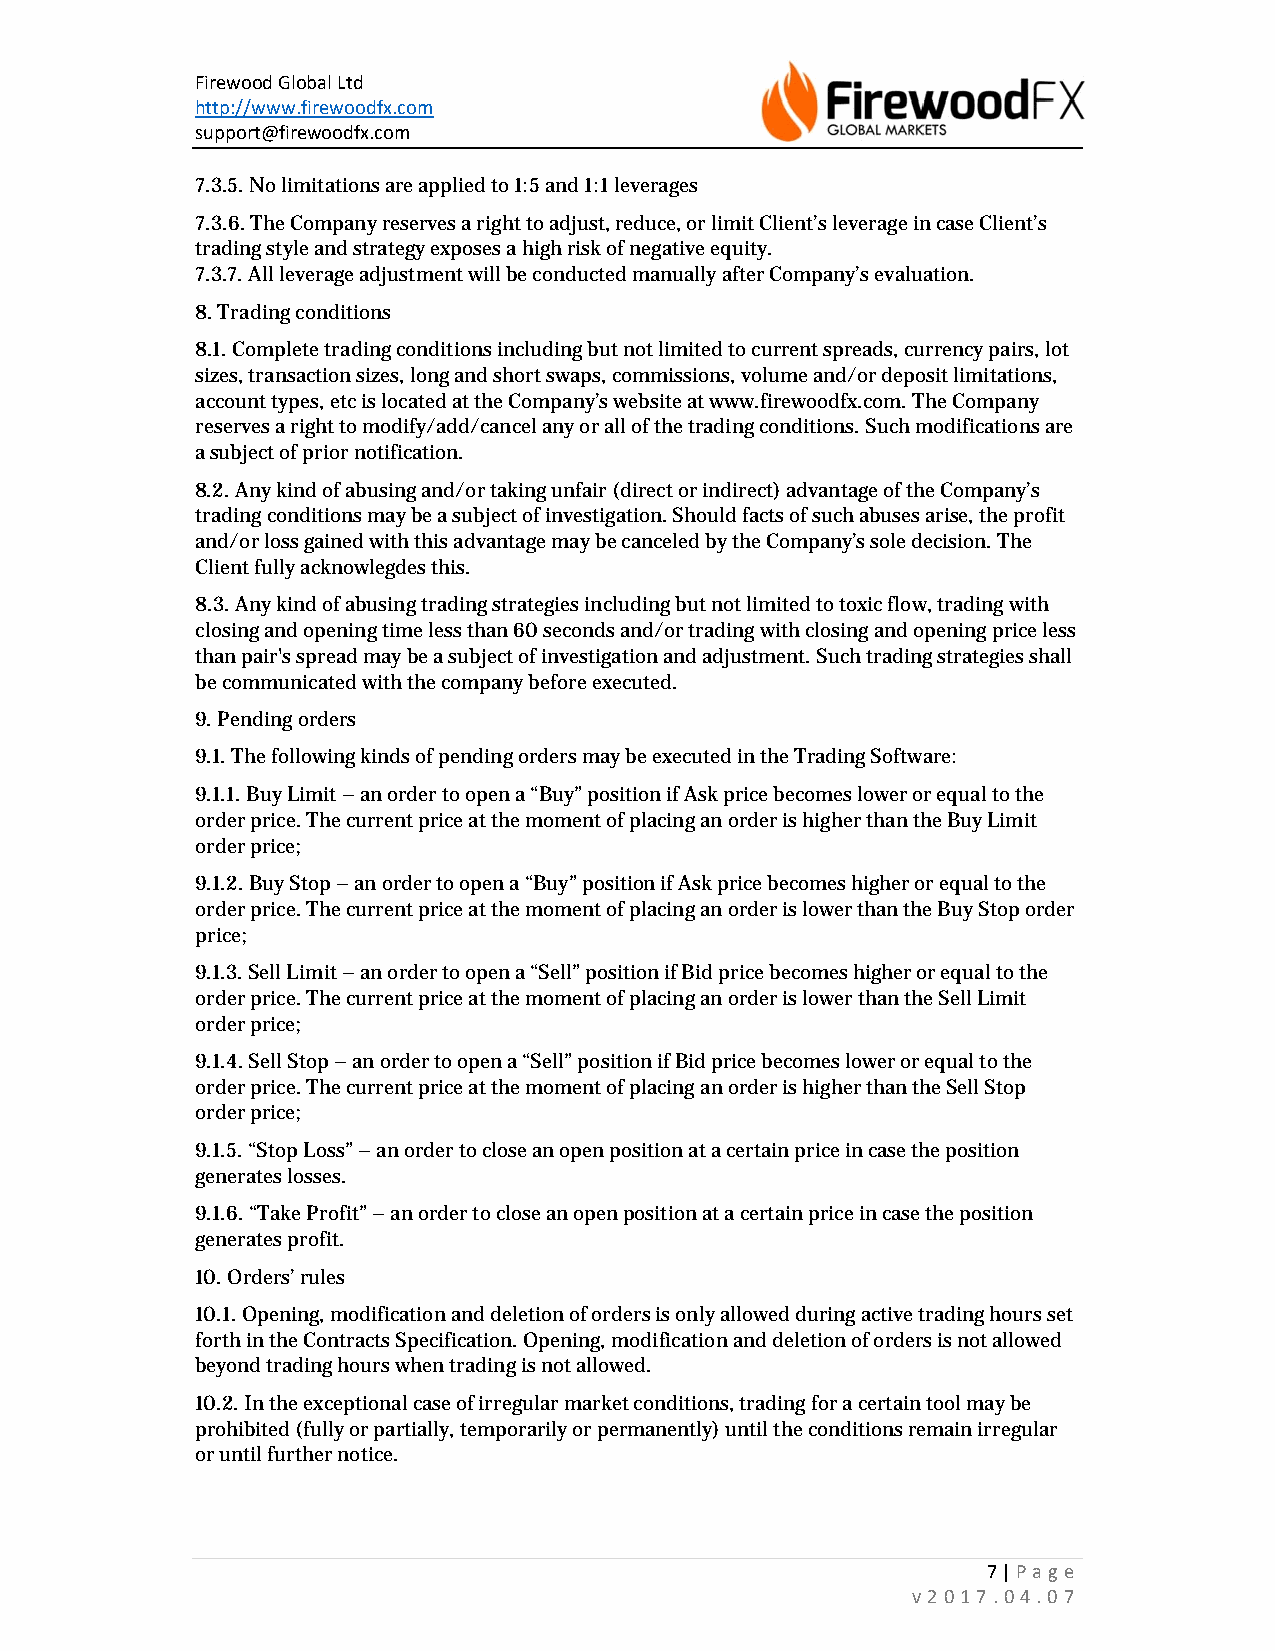
Firewood Global Ltd
 http://www.firewoodfx.com
 support@firewoodfx.com
 7.3.5. No limitations are applied to 1:5 and 1:1 leverages
 7.3.6. The Company reserves a right to adjust, reduce, or limit Client’s leverage in case Client’s
 trading style and strategy exposes a high risk of negative equity.
 7.3.7. All leverage adjustment will be conducted manually after Company’s evaluation.
 8. Trading conditions
 8.1. Complete trading conditions including but not limited to current spreads, currency pairs, lot
 sizes, transaction sizes, long and short swaps, commissions, volume and/or deposit limitations,
 account types, etc is located at the Company’s website at www.firewoodfx.com. The Company
 reserves a right to modify/add/cancel any or all of the trading conditions. Such modifications are
 a subject of prior notification.
 8.2. Any kind of abusing and/or taking unfair (direct or indirect) advantage of the Company’s
 trading conditions may be a subject of investigation. Should facts of such abuses arise, the profit
 and/or loss gained with this advantage may be canceled by the Company’s sole decision. The
 Client fully acknowlegdes this.
 8.3. Any kind of abusing trading strategies including but not limited to toxic flow, trading with
 closing and opening time less than 60 seconds and/or trading with closing and opening price less
 than pair's spread may be a subject of investigation and adjustment. Such trading strategies shall
 be communicated with the company before executed.
 9. Pending orders
 9.1. The following kinds of pending orders may be executed in the Trading Software:
 9.1.1. Buy Limit – an order to open a “Buy” position if Ask price becomes lower or equal to the
 order price. The current price at the moment of placing an order is higher than the Buy Limit
 order price;
 9.1.2. Buy Stop – an order to open a “Buy” position if Ask price becomes higher or equal to the
 order price. The current price at the moment of placing an order is lower than the Buy Stop order
 price;
 9.1.3. Sell Limit – an order to open a “Sell” position if Bid price becomes higher or equal to the
 order price. The current price at the moment of placing an order is lower than the Sell Limit
 order price;
 9.1.4. Sell Stop – an order to open a “Sell” position if Bid price becomes lower or equal to the
 order price. The current price at the moment of placing an order is higher than the Sell Stop
 order price;
 9.1.5. “Stop Loss” – an order to close an open position at a certain price in case the position
 generates losses.
 9.1.6. “Take Profit” – an order to close an open position at a certain price in case the position
 generates profit.
 10. Orders’ rules
 10.1. Opening, modification and deletion of orders is only allowed during active trading hours set
 forth in the Contracts Specification. Opening, modification and deletion of orders is not allowed
 beyond trading hours when trading is not allowed.
 10.2. In the exceptional case of irregular market conditions, trading for a certain tool may be
 prohibited (fully or partially, temporarily or permanently) until the conditions remain irregular
 or until further notice.
 7 | Page
 v2017.04.07